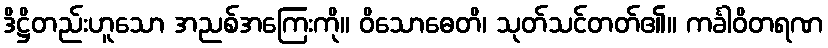
ဒိဋ္ဌိတည်းဟူသော အညစ်အကြေးကို။ ဝိသောဓေတိ၊ သုတ်သင်တတ်၏။ ကင်္ခါဝိတရဏ